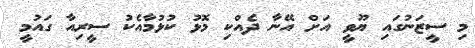
މި ސީޒަނުގައި ޔޫވީ އަށް އޭނާ ދެއްކި މޮޅު ކުޅުމާއެކު ސީރިއާ ގައުމީ